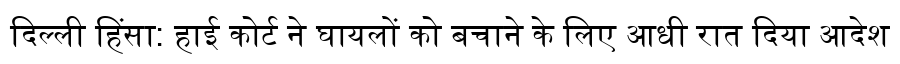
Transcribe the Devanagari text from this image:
दिल्ली हिंसा: हाई कोर्ट ने घायलों को बचाने के लिए आधी रात दिया आदेश